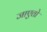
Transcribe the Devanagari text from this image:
जाएतो